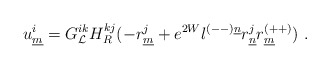
\begin{align*}u^i_{\underline{m}}= G^{ik}_{{\cal L}} H^{kj}_{R}(- r^j_{\underline{m}}+ e^{2W}l^{(--)\underline{n}}r^j_{\underline{n}}r^{(++)}_{\underline{m}} )~.\end{align*}